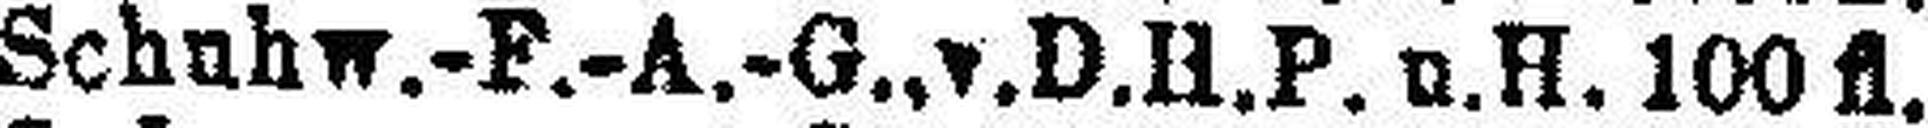
Schuhw.-F.-A.-G.,v.D.H.P. u. H. 100 fl.